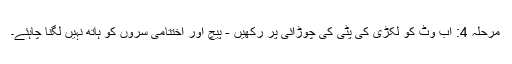
مرحلہ 4: اب وٹ کو لکڑی کی پٹی کی چوڑائی پر رکھیں - پیچ اور اختتامی سروں کو ہاتھ نہیں لگنا چاہئے۔